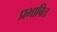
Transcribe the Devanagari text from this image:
प्रभाबित